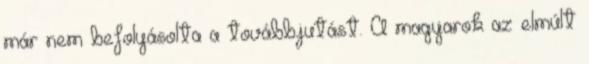
már nem befolyásolta a továbbjutást. A magyarok az elmúlt